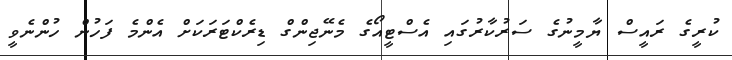
ކުރީގެ ރައީސް ޔާމީނުގެ ސަރުކާރުގައި އެސްޓީއޯގެ މެނޭޖިންގް ޑިރެކްޓަރަކަށް އެންމެ ފަހުން ހުންނެވީ